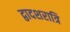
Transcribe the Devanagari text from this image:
द्वादशरात्रि